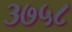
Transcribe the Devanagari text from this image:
३७५८